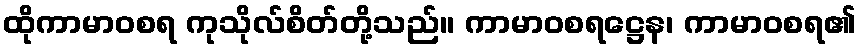
ထိုကာမာဝစရ ကုသိုလ်စိတ်တို့သည်။ ကာမာဝစရဋ္ဌေန၊ ကာမာဝစရ၏